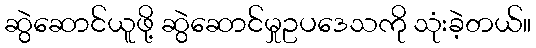
ဆွဲဆောင်ယူဖို့ ဆွဲဆောင်မှုဥပဒေသကို သုံးခဲ့တယ်။